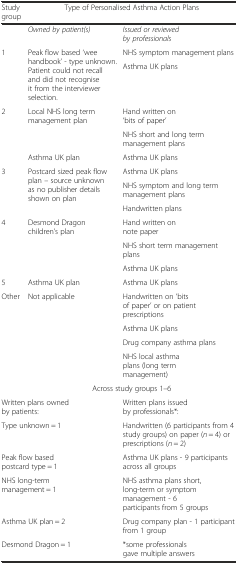
<table><thead><tr><td><b>Study group</b></td><td colspan="2"><b>Type of Personalised Asthma Action Plans</b></td></tr></thead><tbody><tr><td></td><td><i>Owned by patient(s)</i></td><td><i>Issued or reviewed by professionals</i></td></tr><tr><td rowspan="2">1</td><td rowspan="2">Peak flow based ‘wee handbook’ - type unknown. Patient could not recall and did not recognise it from the interviewer selection.</td><td>NHS symptom management plans</td></tr><tr><td>Asthma UK plans</td></tr><tr><td rowspan="3">2</td><td rowspan="2">Local NHS long term management plan</td><td>Hand written on ‘bits of paper’</td></tr><tr><td>NHS short and long term management plans</td></tr><tr><td>Asthma UK plan</td><td>Asthma UK plans</td></tr><tr><td rowspan="3">3</td><td rowspan="3">Postcard sized peak flow plan – source unknown as no publisher details shown on plan</td><td>Asthma UK plans</td></tr><tr><td>NHS symptom and long term management plans</td></tr><tr><td>Handwritten plans</td></tr><tr><td rowspan="3">4</td><td rowspan="3">Desmond Dragon children’s plan</td><td>Hand written on note paper</td></tr><tr><td>NHS short term management plans</td></tr><tr><td>Asthma UK plans</td></tr><tr><td>5</td><td>Asthma UK plan</td><td>Asthma UK plans</td></tr><tr><td rowspan="4">Other</td><td rowspan="4">Not applicable</td><td>Handwritten on ‘bits of paper’ or on patient prescriptions</td></tr><tr><td>Asthma UK plans</td></tr><tr><td>Drug company asthma plans</td></tr><tr><td>NHS local asthma plans (long term management)</td></tr><tr><td></td><td colspan="2">Across study groups 1–6</td></tr><tr><td colspan="2">Written plans owned by patients:</td><td>Written plans issued by professionals*:</td></tr><tr><td colspan="2">Type unknown = 1</td><td>Handwritten (6 participants from 4 study groups) on paper (<i>n</i> = 4) or prescriptions (<i>n</i> = 2)</td></tr><tr><td colspan="2">Peak flow based postcard type = 1</td><td>Asthma UK plans - 9 participants across all groups</td></tr><tr><td colspan="2">NHS long-term management = 1</td><td>NHS asthma plans short, long-term or symptom management - 6 participants from 5 groups</td></tr><tr><td colspan="2">Asthma UK plan = 2</td><td>Drug company plan - 1 participant from 1 group</td></tr><tr><td colspan="2">Desmond Dragon = 1</td><td>*some professionals gave multiple answers</td></tr></tbody></table>